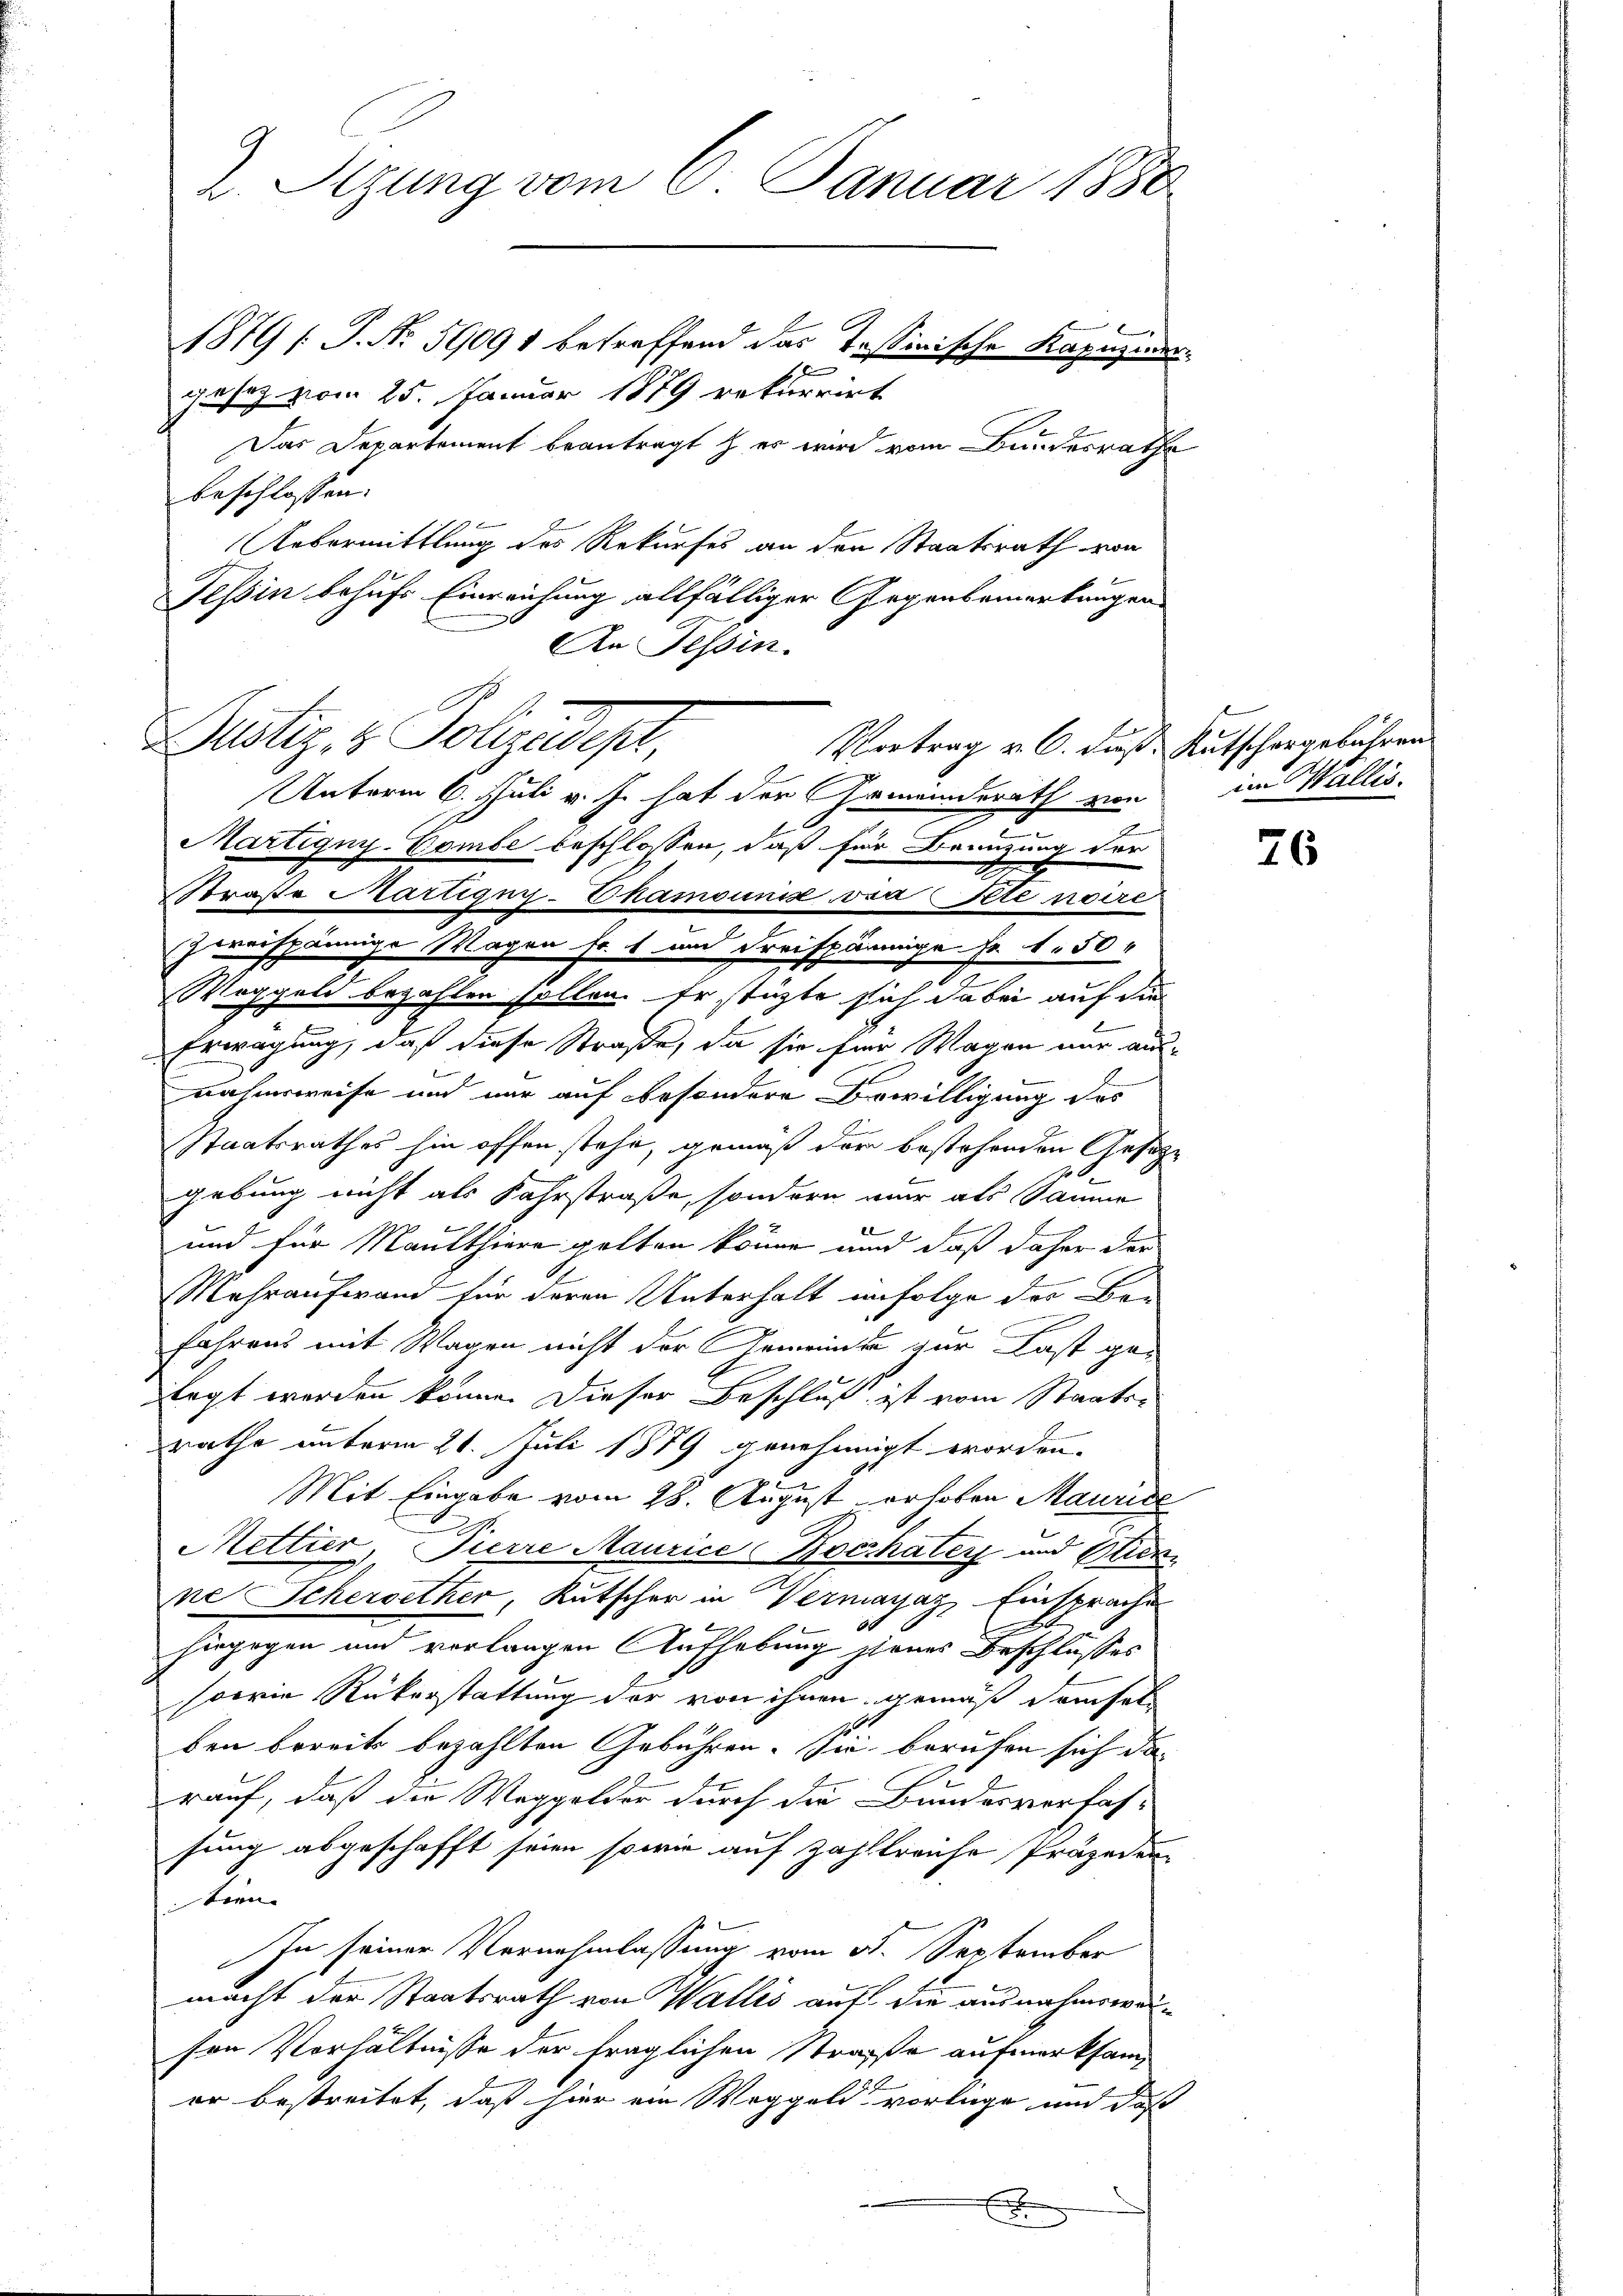
2. Setzung vom 6. Januar 1888
1879 [P. Nr. 59091 betreffend das Tessinische Kapuzinden
gesez vom 25. Januar 1879 rekurrirt
Das Departement beantragt er wird vom Bundesrathe

beschlossen.
Aebermittlung des Rekurses an den Staatsrath von
Tessin behufs Einreichung allfälliger Gegenbemerkungen
An Tessin.

Justiz- & Polizeipr
Vortrag v. 6. Fuß. Rutschergebühren

Unterm 6. Juli v. J. hat der Gemeinderath von
Martigny-Combe beschlossen, daß für Branzung der
Straße Martigny-Dhamounis von Stenoire
zweispännige Wagen Fr. 1 und Freispännige Fr. 1.50
Weggeld bezahlen sollen. Er stützte sich dabei auf die
Erwägung, daß diese Straße, da sie für Wagen nur aus-
nahmsweise und nur auf besondere Bewilligung des
Staatsrathes hin offen stehe, gemäß der bestehenden Gesetze
20
gebung nicht als Fahrstraße, sondern mir als Saume
und für Maulthiere gelten könne und daß daher der
Mehraufwand für deren Unterhalt infolge der Bar
fahrens mit Wagen nicht der Gemeinder zur Last gelegt werden könne. Dieser Beschluß ist vom Staatsrathe unterm 21. Juli 1879 genehmigt worden.
Mit Eingabe vom 28. August erhoben Maurice
Mettier, Pierre Maurice Bochater und Stick
ne Scherbether, Kutscher in Vermagaz Einsprache
hingegen und verlangen Aufhebung jenes Beschlusses
sperin Rükerstattung der von ihnen gemäß dasel
den bereits bezahlten Gebühren. Sie berufen sich darauf, daß die Waggelder durch die Bundesverfas-
sung abgeschafft seien sowie auf Zahlkreiche Präjeden
tien
In seiner Vernehmlassung vom 30. September
macht der Staatsrath von Wallis auf die ausnahmsweisen Verhältnisse der fraglichen Straße aufmerksamer bestreitet, daß hier ein Weggeld vorlage und daß
x

im Wallis.

76